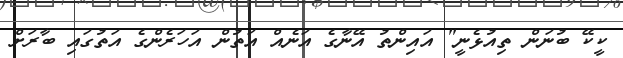
ކީކޭ ބުނަން ތިއުޅެނީ" އައިންތު އޭނާގެ އަނެއް އަތުން އަހަރެންގެ އަތުގައި ބާރަށް